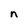
Character: n